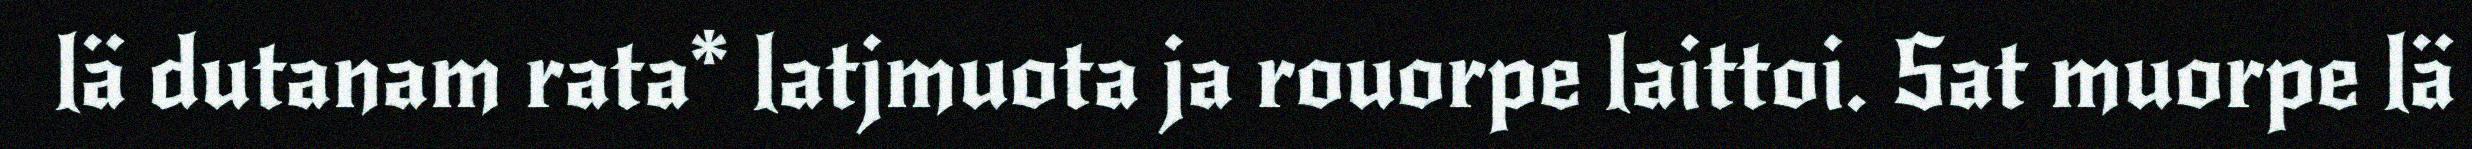
lä dutanam rata* latjmuota ja rouorpe laittoi. Sat muorpe lä